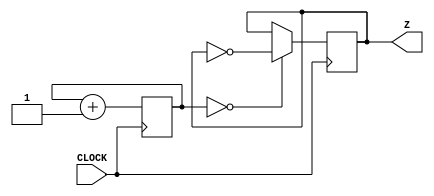
`timescale 1ns / 1ps
//////////////////////////////////////////////////////////////////////////////////
// Company: 
// Engineer: 
// 
// Design Name: 
// Module Name: seasonclock
// Project Name: 
// Target Devices: 
// Tool Versions: 
// Description: 
// 
// Dependencies: 
// 
// Revision:
// Revision 0.01 - File Created
// Additional Comments:
// 
//////////////////////////////////////////////////////////////////////////////////


module seasonclock(
    input CLOCK,
    output reg Z
    );
        reg [24:0] COUNTER;
    
        always @ (posedge CLOCK) begin  
        COUNTER <= COUNTER + 1;
        Z <= (COUNTER == 0) ? ~Z : Z;
        end
        
endmodule